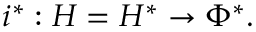
i ^ { * } : H = H ^ { * } \to \Phi ^ { * } .